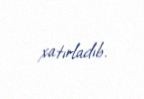
xatırladıb.